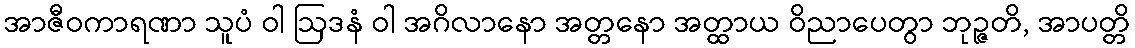
အာဇီဝကာရဏာ သူပံ ဝါ ဩဒနံ ဝါ အဂိလာနော အတ္တနော အတ္ထာယ ဝိညာပေတွာ ဘုဉ္ဇတိ, အာပတ္တိ